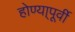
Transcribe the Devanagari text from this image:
होण्या्पूर्वी